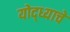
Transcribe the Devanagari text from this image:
योद्ध्याचे